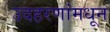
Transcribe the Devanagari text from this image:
उदहरणांमधून